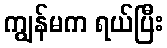
ကျွန်မက ရယ်ပြီး